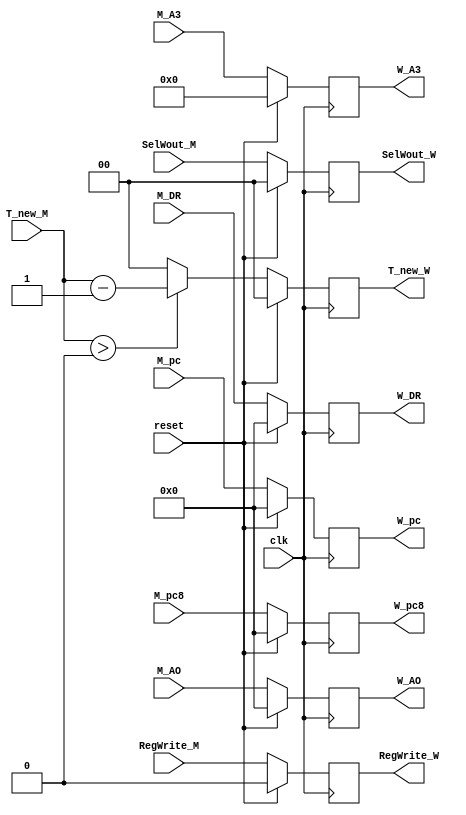
`timescale 1ns / 1ps
//////////////////////////////////////////////////////////////////////////////////
// Company: 
// Engineer: 
// 
// Design Name: 
// Module Name:    regW 
// Project Name: 
// Target Devices: 
// Tool versions: 
// Description: 
//
// Dependencies: 
//
// Revision: 
// Revision 0.01 - File Created
// Additional Comments: 
//
//////////////////////////////////////////////////////////////////////////////////
module regW(
input clk,
input reset,

input [31:0] M_AO,
input [31:0] M_DR,
input [4:0] M_A3,
input [31:0] M_pc,
input [31:0] M_pc8,
input [1:0] SelWout_M,
input [1:0] T_new_M,
input RegWrite_M,

output [31:0] W_AO,
output [31:0] W_DR,
output [4:0] W_A3,
output [31:0] W_pc,
output [31:0] W_pc8,
output [1:0] SelWout_W,
output [1:0] T_new_W,
output RegWrite_W

    );
reg [31:0] AO;
reg [31:0] pc;
reg [31:0] pc8;
reg [31:0] DR;
reg [4:0] A3;
reg RegWrite;
reg [1:0] SelWout;
reg [1:0] T_new;
always@(posedge clk)begin
	if(reset)begin
	AO <= 32'b0;
	pc <= 32'b0;
	pc8 <= 32'b0;
	DR <= 32'b0;
	A3 <= 5'b0;
	RegWrite <= 1'b0;
	SelWout <= 2'b0;
	T_new <= 2'b0;
	end
	else begin
	AO <= M_AO;
	DR <= M_DR;
	pc <= M_pc;
	pc8 <= M_pc8;
	RegWrite <= RegWrite_M;
	A3 <= M_A3;
	SelWout <= SelWout_M; 
	T_new <= (T_new_M > 2'b0) ? (T_new_M -1) : 2'b0;
	end
end

assign W_AO = AO;
assign W_DR = DR;
assign W_pc = pc;
assign W_pc8 = pc8;
assign W_A3 = A3;
assign RegWrite_W = RegWrite;
assign SelWout_W = SelWout;
assign T_new_W = T_new;
endmodule